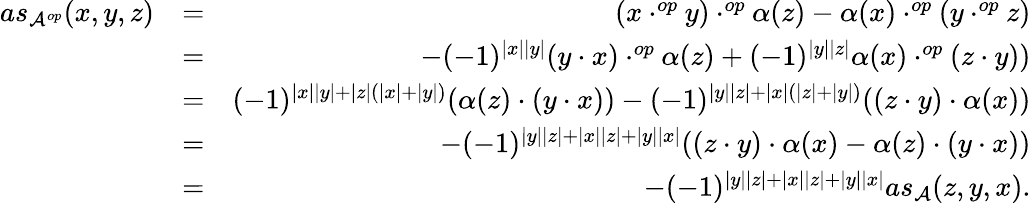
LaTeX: \begin{array}{rlr}{as_{\mathcal{A}^{op}}(x,y,z)}&{=}&{(x\cdot^{op}y)\cdot^{op}\alpha(z)-\alpha(x)\cdot^{op}(y\cdot^{op}z)}\\ &{=}&{-(-1)^{|x||y|}(y\cdot x)\cdot^{op}\alpha(z)+(-1)^{|y||z|}\alpha(x)\cdot^{op}(z\cdot y))}\\ &{=}&{(-1)^{|x||y|+|z|(|x|+|y|)}(\alpha(z)\cdot(y\cdot x))-(-1)^{|y||z|+|x|(|z|+|y|)}((z\cdot y)\cdot\alpha(x))}\\ &{=}&{-(-1)^{|y||z|+|x||z|+|y||x|}((z\cdot y)\cdot\alpha(x)-\alpha(z)\cdot(y\cdot x))}\\ &{=}&{-(-1)^{|y||z|+|x||z|+|y||x|}as_{\mathcal{A}}(z,y,x).}\end{array}